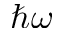
\hbar \omega